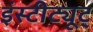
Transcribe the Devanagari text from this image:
इंस्टीट्यूट्